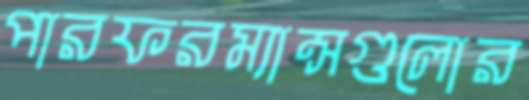
পারফরম্যান্সগুলোর